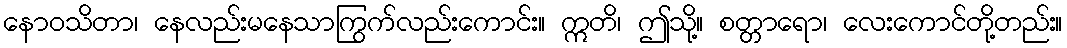
နောဝသိတာ၊ နေလည်းမနေသာကြွက်လည်းကောင်း။ ဣတိ၊ ဤသို့။ စတ္တာရော၊ လေးကောင်တို့တည်း။